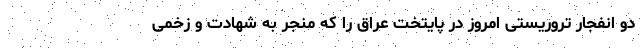
دو انفجار تروریستی امروز در پایتخت عراق را که منجر به شهادت و زخمی